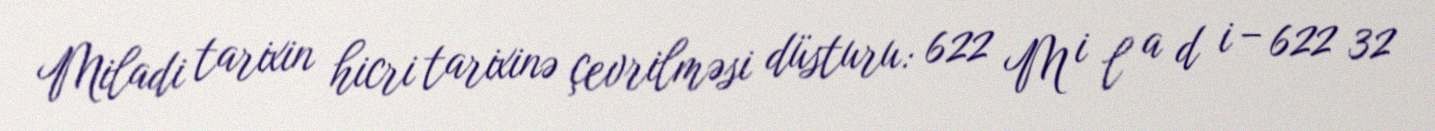
Miladi tarixin hicri tarixinə çevrilməsi düsturu: 622 M i l a d i − 622 32